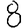
Digit: 8